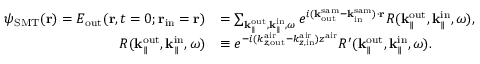
\begin{array} { r l } { \psi _ { \mathrm { S M T } } ( { \bf r } ) = E _ { \mathrm { o u t } } ( { \bf r } , t = 0 ; { \bf r } _ { \mathrm { i n } } = { \bf r } ) } & { = \sum _ { { \bf k } _ { \parallel } ^ { \mathrm { o u t } } , { \bf k } _ { \parallel } ^ { \mathrm { i n } } , \omega } e ^ { i ( { \bf k } _ { \mathrm { o u t } } ^ { \mathrm { s a m } } - { \bf k } _ { \mathrm { i n } } ^ { \mathrm { s a m } } ) \cdot { \bf r } } R ( { \bf k } _ { \parallel } ^ { \mathrm { o u t } } , { \bf k } _ { \parallel } ^ { \mathrm { i n } } , \omega ) , } \\ { R ( { \bf k } _ { \parallel } ^ { \mathrm { o u t } } , { \bf k } _ { \parallel } ^ { \mathrm { i n } } , \omega ) } & { \equiv e ^ { - i ( k _ { z , \mathrm { o u t } } ^ { \mathrm { a i r } } - k _ { z , \mathrm { i n } } ^ { \mathrm { a i r } } ) z ^ { \mathrm { a i r } } } R ^ { \prime } ( { \bf k } _ { \parallel } ^ { \mathrm { o u t } } , { \bf k } _ { \parallel } ^ { \mathrm { i n } } , \omega ) . } \end{array}